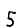
Digit: 5